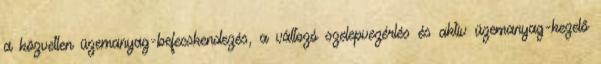
a közvetlen üzemanyag-befecskendezés, a változó szelepvezérlés és aktív üzemanyag-kezelő